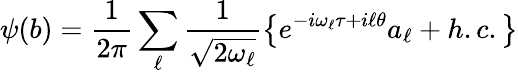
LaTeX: \psi(b)=\frac{1}{2\pi}\sum_{\ell}\frac{1}{\sqrt{2\omega_{\ell}}}\left\lbrace e^{-i\omega_{\ell}\tau+i\ell\theta}a_{\ell}+h.c.\right\rbrace